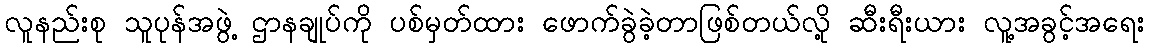
လူနည်းစု သူပုန်အဖွဲ့ ဌာနချုပ်ကို ပစ်မှတ်ထား ဖောက်ခွဲခဲ့တာဖြစ်တယ်လို့ ဆီးရီးယား လူ့အခွင့်အရေး